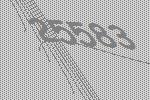
25583